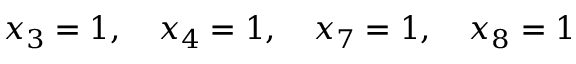
x _ { 3 } = 1 , \quad x _ { 4 } = 1 , \quad x _ { 7 } = 1 , \quad x _ { 8 } = 1